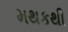
મથકથી